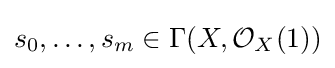
s_{0},\ldots ,s_{m}\in \Gamma (X,{\mathcal {O}}_{X}(1))